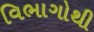
વિભાગોથી